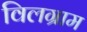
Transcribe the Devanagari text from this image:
विलग्राम